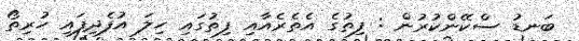
ބަނޑު ސްކޭންކުރުން : ފިތުގެ އެތެރެއާއި ފިތުގައި ހިލަ އުފެދިފައި ހުރިތޯ